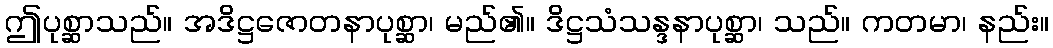
ဤပုစ္ဆာသည်။ အဒိဋ္ဌဇောတနာပုစ္ဆာ၊ မည်၏။ ဒိဋ္ဌသံသန္ဒနာပုစ္ဆာ၊ သည်။ ကတမာ၊ နည်း။